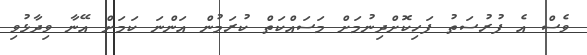
ވެސް އެ ފުރުސަތު ފަހިކޮށްދިނުމަށް މަސައްކަތް ކުރަމުން އަންނަ ކަމަށް އޭނާ ވިދާޅުވި